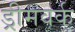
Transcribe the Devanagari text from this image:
ड्रीमवर्क